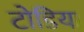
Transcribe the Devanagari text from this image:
टोडिया